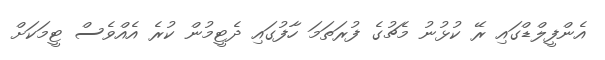
އެންފީލްޑްގައި ރޭ ކުޅުނު މެޗުގެ ފުރަތަމަ ހާފުގައި ދެޓީމުން ކުރެ އެއްވެސް ޓީމަކަށް